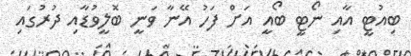
ބިއުޓީ އާއި ނޯޓީ ބޯއީ އަށް ފަހު އޭނާ ވަނީ ބޮލީވުޑާއި ދުރުގައި